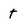
Character: t